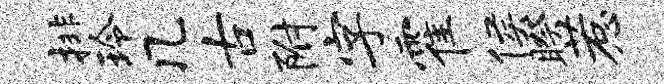
排玲几古附字霍侯睽惹